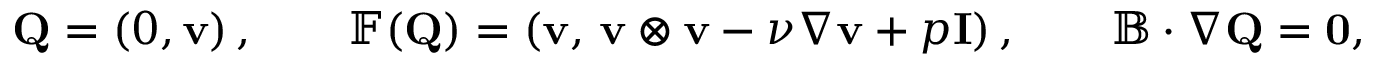
\mathbf { Q } = \left( 0 , \mathbf { v } \right) , \qquad \mathbb { F } ( \mathbf { Q } ) = \left( \mathbf { v } , \, \mathbf { v } \otimes \mathbf { v } - \nu \nabla \mathbf { v } + p \mathbf { I } \right) , \qquad \mathbb { B } \cdot \nabla \mathbf { Q } = \mathbf { 0 } ,